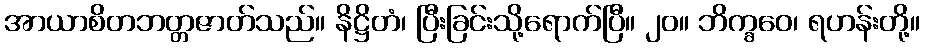
အာယာစိတဘတ္တဇာတ်သည်။ နိဋ္ဌိတံ၊ ပြီးခြင်းသို့ရောက်ပြီ။ ၂၀။ ဘိက္ခဝေ၊ ရဟန်းတို့။